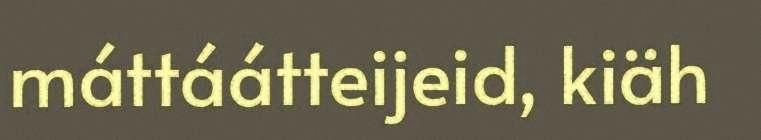
máttáátteijeid, kiäh